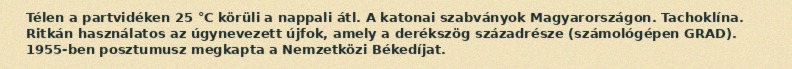
Télen a partvidéken 25 °C körüli a nappali átl. A katonai szabványok Magyarországon. Tachoklína. Ritkán használatos az úgynevezett újfok, amely a derékszög századrésze (számológépen GRAD). 1955-ben posztumusz megkapta a Nemzetközi Békedíjat.